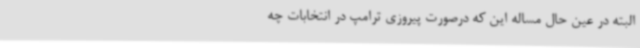
البته در عین حال مساله این که درصورت پیروزی ترامپ در انتخابات چه